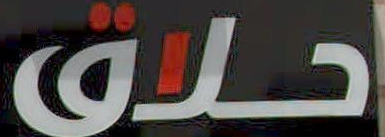
حلاق